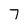
Character: 7